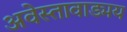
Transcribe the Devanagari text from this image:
अवेस्तावाड्मय